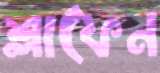
শ্লাফেন